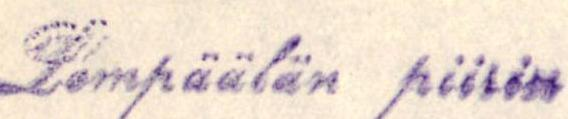
Lempäälän piirin